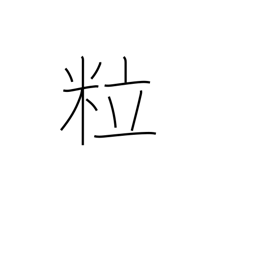
Meaning: grains